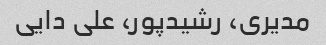
مدیری، رشیدپور، علی دایی